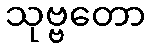
သုဗ္ဗတော